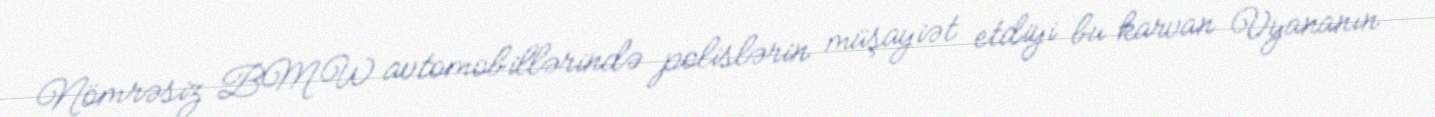
Nömrəsiz BMW avtomobillərində polislərin müşayiət etdiyi bu karvan Vyananın